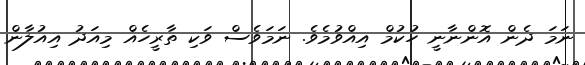
ނަމަ ދެން އޮންނާނީ ހުކުމް އިއްވުމެވެ. ނަމަވެސް ވަކި ތާރީހެއް މިއަދު އިއުލާން